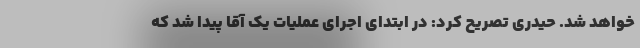
خواهد شد. حیدری تصریح کرد: در ابتدای اجرای عملیات یک آقا پیدا شد که